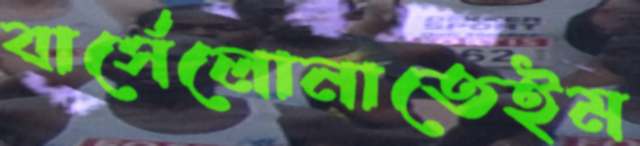
বার্সেলোনাতেইম